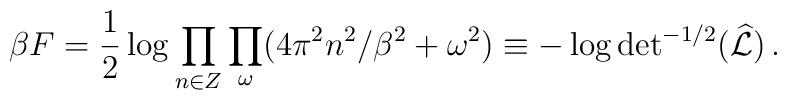
\beta F={1\over 2} \log\prod_{n\in Z}\prod_{\omega} (4\pi^2n^2/\beta^2 +\omega^2)\equiv-\log{\rm det}^{-1/2}(\widehat{\cal L})\,.